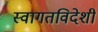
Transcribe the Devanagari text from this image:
स्वागतविदेशी